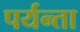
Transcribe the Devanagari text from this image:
पर्यन्ता